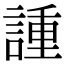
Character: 諥